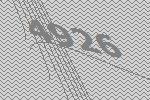
4926